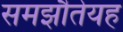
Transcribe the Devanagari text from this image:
समझौतेयह